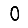
Digit: 0